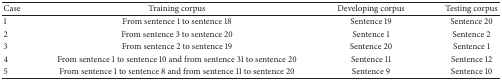
| Case | Training corpus | Developing corpus | Testing corpus |
 | --- | --- | --- | --- |
 | 1 | From sentence 1 to sentence 18 | Sentence 19 | Sentence 20 |
 | 2 | From sentence 3 to sentence 20 | Sentence 1 | Sentence 2 |
 | 3 | From sentence 2 to sentence 19 | Sentence 20 | Sentence 1 |
 | 4 | From sentence 1 to sentence 10 and from sentence 31 to sentence 20 | Sentence 11 | Sentence 12 |
 | 5 | From sentence 1 to sentence 8 and from sentence 11 to sentence 20 | Sentence 9 | Sentence 10 |